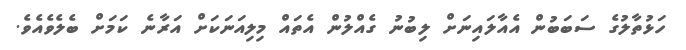
ހަޅުތާލުގެ ސަބަބުން އެއާލައިނަށް ލިބުނު ގެއްލުން އެތައް މިލިއަނަކަށް އަރާނެ ކަމަށް ބެލެވެއެވެ.